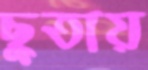
ছুতায়